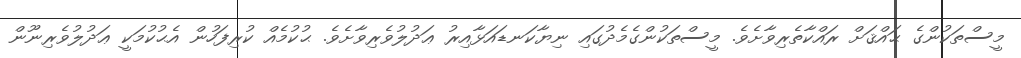
މީސްތަކުންގެ ޙައްޤަށް ރައްކާތެރިވާށެވެ. މީސްތަކުންގެމެދުގައި ނިޔާކަނޑައަޅާއިރު ޢަދުލުވެރިވާށެވެ. ޙުކުމެއް ކުރިފަހުން އެޙުކުމަކީ ޢަދުލުވެރިނޫން